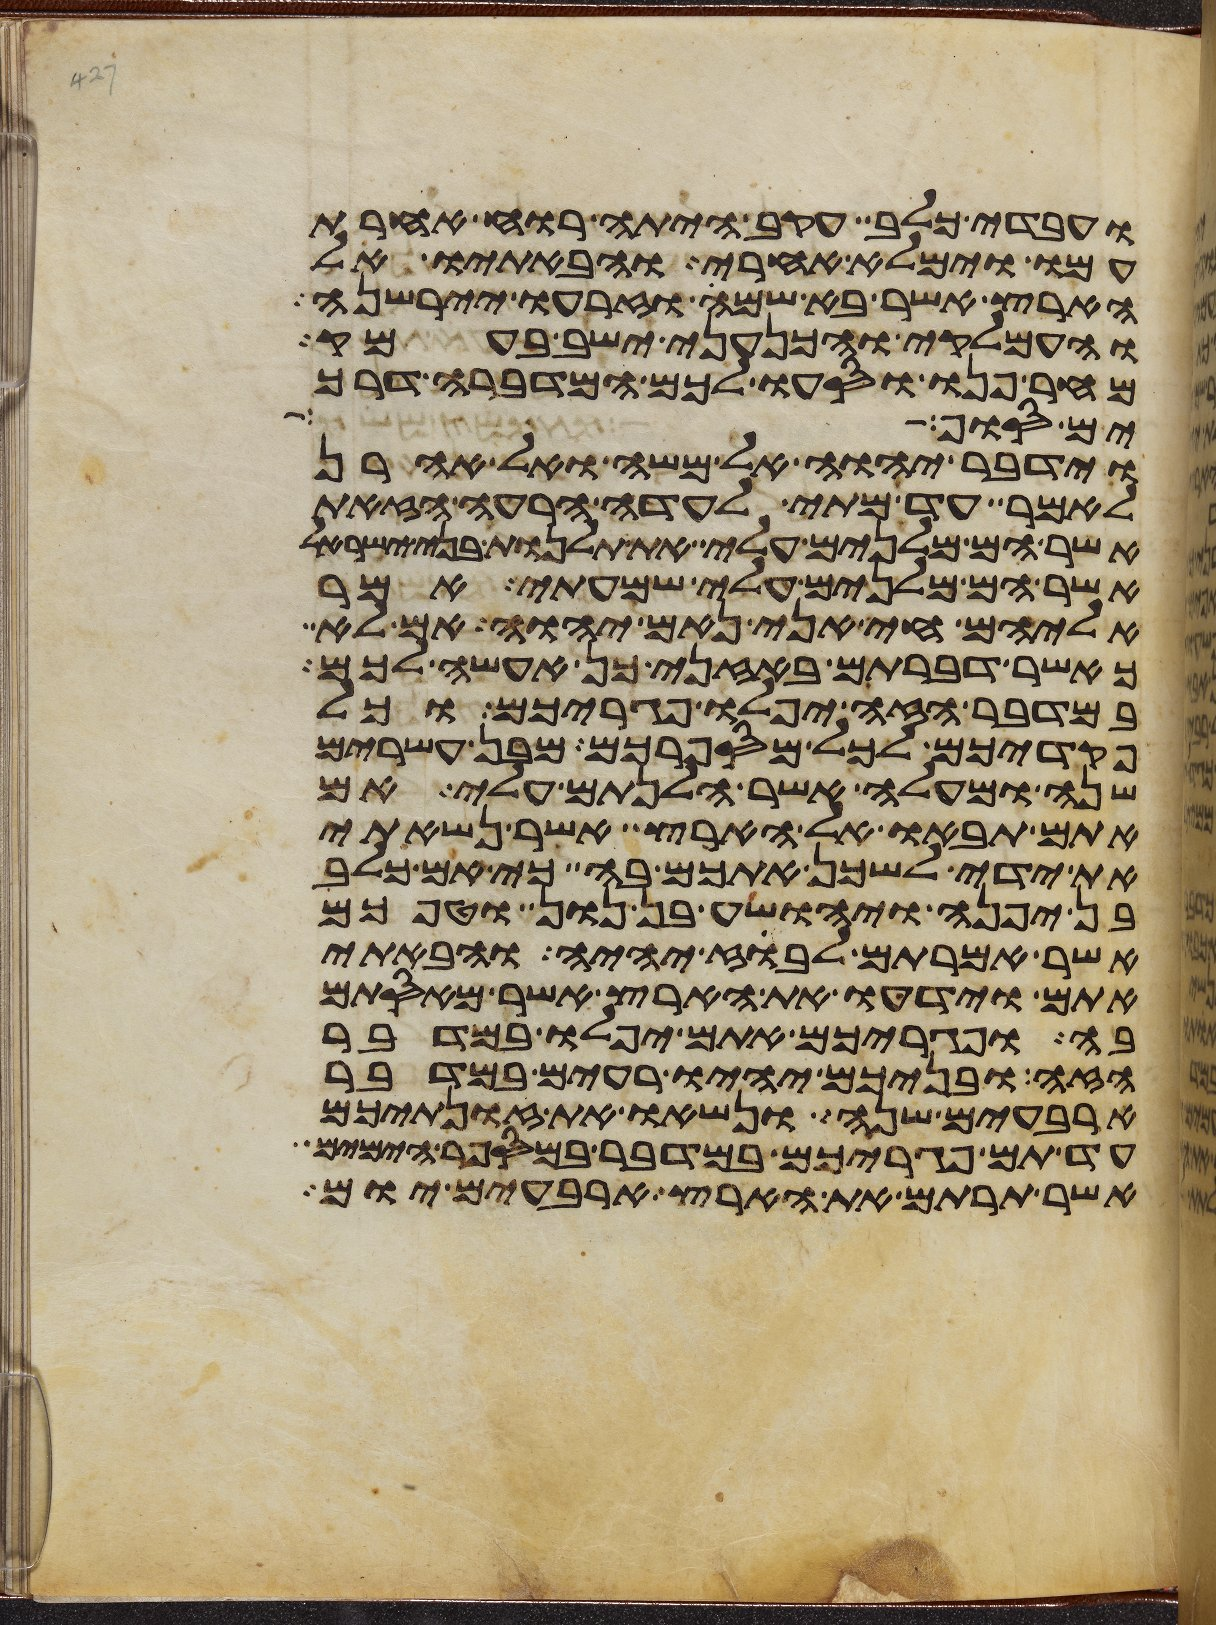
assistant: ועבדי כלב עקב היתה רוח אחרת
עמו וימלא אחרי והבאתיו אל
הארץ אשר בא שמה וזרעו יירשנה
והעמלקי והכנעני ישב בעמק
מחר פנו וסעו לכם המדברה דרך
ים סוף כאשר
וידבר יהוה אל משה ואל אהרן
לאמר עד מתי לעדה הרעה הזאת
אשר הם מלנים עלי את תלנות בני ישראל
אשר הם מלנים עלי שמעתי אמר
אליהם חי אני נאם יהוה אם לא
כאשר דברתם באזני כן אעשה לכם
במדבר הזה יפלו פגריכם וכל
פקדיכם לכל מספרכם מבן עשרים
שנה ומעלה אשר הלנתם עלי אם
אתם תבאו אל הארץ אשר נשאתי
את ידי לשכן אתכם בה כי אם כלב
בן יפנה ויהושע בן נון וטפכם
אשר אמרתם לבוז יהיה והבאתי
אתם וידעו את הארץ אשר מאסתם
בה ופגריכם אתם יפלו במדבר
הזה ובניכם יהיו רעים במדבר
ארבעים שנה ונשאו את זונתיכם
עד תם פגריכם במדבר במספר הימים
אשר תרתם את הארץ ארבעים יום